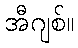
အီဂျစ်။